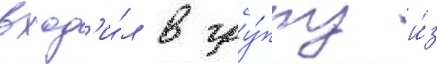
вход'и́л в гру́ппу и́з